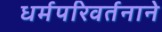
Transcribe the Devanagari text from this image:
धर्मपरिवर्तनाने